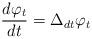
LaTeX: \begin{align*} \frac{d \varphi_t}{d t} = {\Delta_d}_t \varphi_t\end{align*}